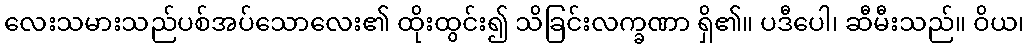
လေးသမားသည်ပစ်အပ်သောလေး၏ ထိုးထွင်း၍ သိခြင်းလက္ခဏာ ရှိ၏။ ပဒီပေါ၊ ဆီမီးသည်။ ဝိယ၊